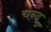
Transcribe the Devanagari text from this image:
चन्द्